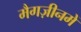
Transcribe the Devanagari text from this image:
मैगज़ीनमें